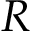
\boldsymbol { R }